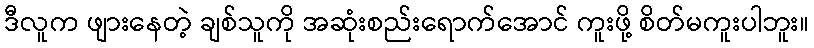
ဒီလူက ဖျားနေတဲ့ ချစ်သူကို အဆုံးစည်းရောက်အောင် ကူးဖို့ စိတ်မကူးပါဘူး။